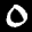
Label: 0